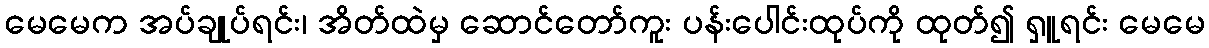
မေမေက အပ်ချုပ်ရင်း၊ အိတ်ထဲမှ ဆောင်တော်ကူး ပန်းပေါင်းထုပ်ကို ထုတ်၍ ရှူရင်း မေမေ